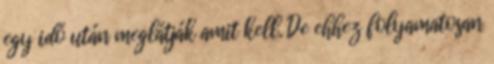
egy idő után meglátják amit kell. De ehhez folyamatosan